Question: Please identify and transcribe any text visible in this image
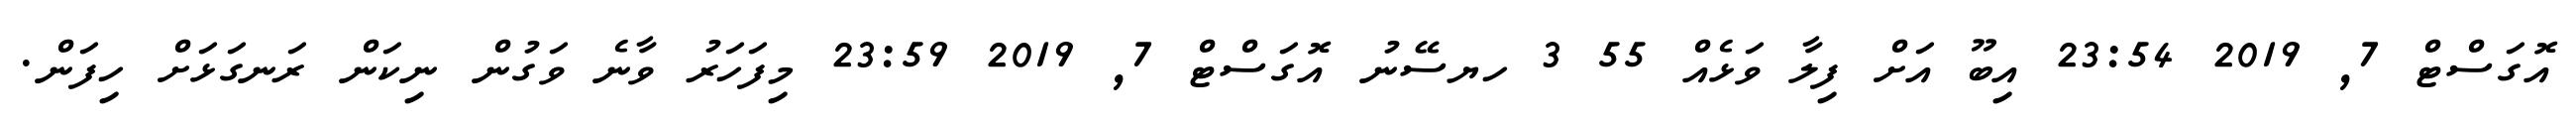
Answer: އޮގަސްޓް 7, 2019 23:54 އިބޫ އަށް ފިލާ ވަޅެއް 55 3 ހޔސޭނު އޮގަސްޓް 7, 2019 23:59 މިފަހަރު ވާނެ ވަގުން ނިކަން ރަނގަޅަށް ހިފަން.